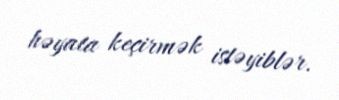
həyata keçirmək istəyiblər.